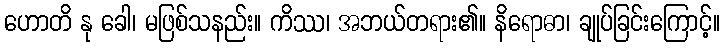
ဟောတိ နု ခေါ၊ မဖြစ်သနည်း။ ကိဿ၊ အဘယ်တရား၏။ နိရောဓာ၊ ချုပ်ခြင်းကြောင့်။